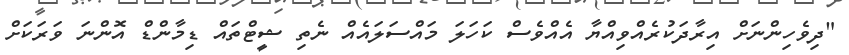
"ދިވެހިންނަށް އިރާދަކުރެއްވިއްޔާ އެއްވެސް ކަހަލަ މައްސަލައެއް ނެތި ޝީޓްތައް ޑިމާންޑް އޮންނަ ވަރަކަށް